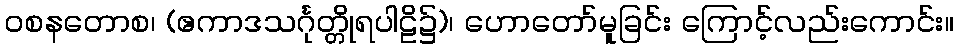
ဝစနတောစ၊ (ဧကာဒသင်္ဂုတ္တိုရပါဠိ၌)၊ ဟောတော်မူခြင်း ကြောင့်လည်းကောင်း။